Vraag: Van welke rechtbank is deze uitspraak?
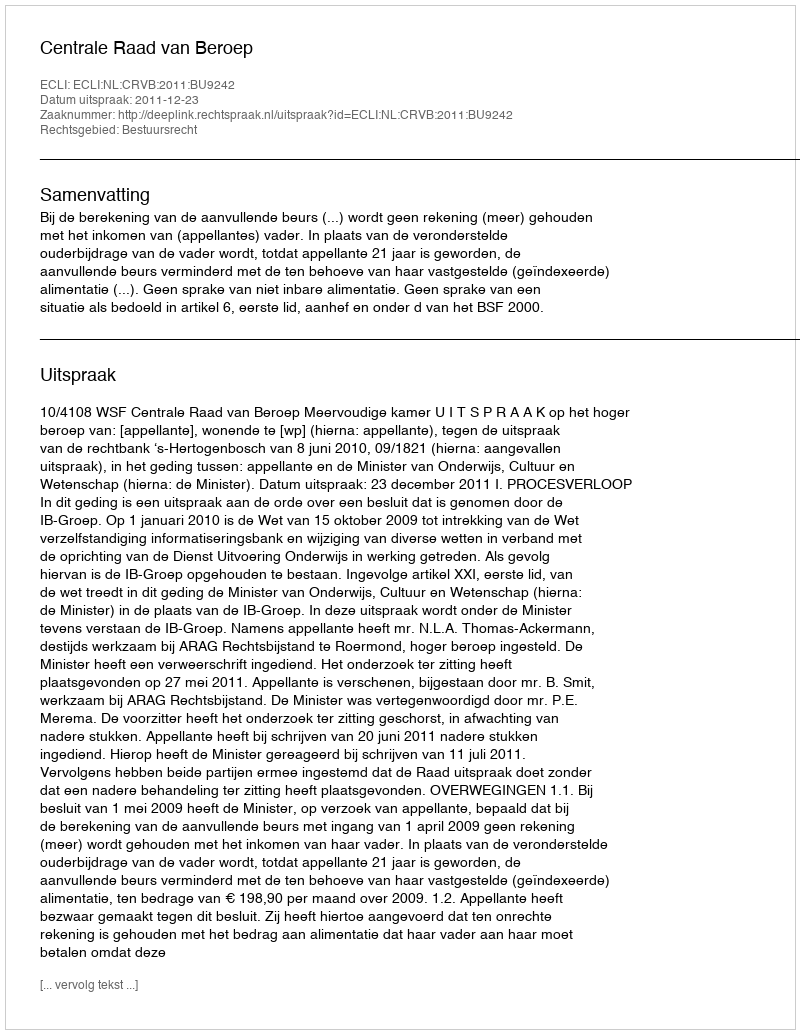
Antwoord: Centrale Raad van Beroep